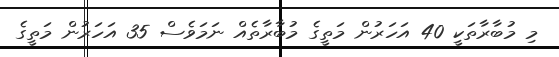
މި މުބާރާތަކީ 40 އަހަރުން މަތީގެ މުބާރާތެއް ނަމަވެސް 35 އަހަރުން މަތީގެ